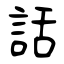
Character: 話